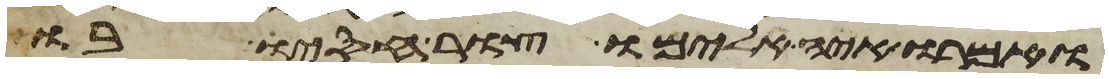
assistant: ואמרו איה אלהימו צור חסיו בו